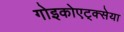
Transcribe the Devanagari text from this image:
गोइकोएट्क्सेया